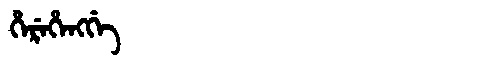
Manchu: ᡥᡝᡵᡝᡥᡝᠩᡤᡝ
Romanization: HEREHENGGE